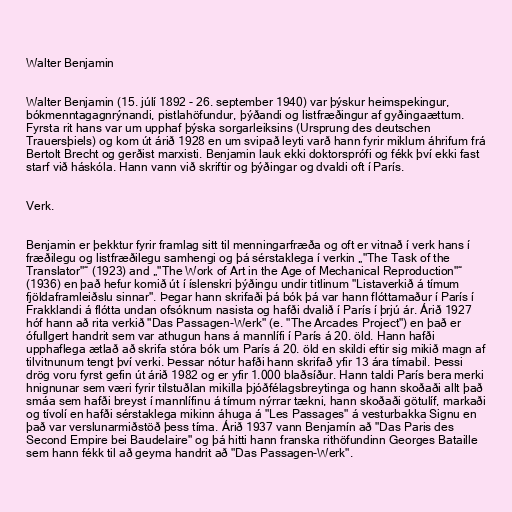
Walter Benjamin

Walter Benjamin (15. júlí 1892 - 26. september 1940) var þýskur heimspekingur,
bókmenntagagnrýnandi, pistlahöfundur, þýðandi og listfræðingur af gyðingaættum.
Fyrsta rit hans var um upphaf þýska sorgarleiksins (Ursprung des deutschen
Trauersþiels) og kom út árið 1928 en um svipað leyti varð hann fyrir miklum áhrifum frá
Bertolt Brecht og gerðist marxisti. Benjamin lauk ekki doktorsprófi og fékk því ekki fast
starf við háskóla. Hann vann við skriftir og þýðingar og dvaldi oft í París.

Verk.

Benjamin er þekktur fyrir framlag sitt til menningarfræða og oft er vitnað í verk hans í
fræðilegu og listfræðilegu samhengi og þá sérstaklega í verkin „"The Task of the
Translator"“ (1923) and „"The Work of Art in the Age of Mechanical Reproduction"“
(1936) en það hefur komið út í íslenskri þýðingu undir titlinum "Listaverkið á tímum
fjöldaframleiðslu sinnar". Þegar hann skrifaði þá bók þá var hann flóttamaður í París í
Frakklandi á flótta undan ofsóknum nasista og hafði dvalið í París í þrjú ár. Árið 1927
hóf hann að rita verkið "Das Passagen-Werk" (e. "The Arcades Project") en það er
ófullgert handrit sem var athugun hans á mannlífi í París á 20. öld. Hann hafði
upphaflega ætlað að skrifa stóra bók um París á 20. öld en skildi eftir sig mikið magn af
tilvitnunum tengt því verki. Þessar nótur hafði hann skrifað yfir 13 ára tímabil. Þessi
drög voru fyrst gefin út árið 1982 og er yfir 1.000 blaðsíður. Hann taldi París bera merki
hnignunar sem væri fyrir tilstuðlan mikilla þjóðfélagsbreytinga og hann skoðaði allt það
smáa sem hafði breyst í mannlífinu á tímum nýrrar tækni, hann skoðaði götulíf, markaði
og tívolí en hafði sérstaklega mikinn áhuga á "Les Passages" á vesturbakka Signu en
það var verslunarmiðstöð þess tíma. Árið 1937 vann Benjamín að "Das Paris des
Second Empire bei Baudelaire" og þá hitti hann franska rithöfundinn Georges Bataille
sem hann fékk til að geyma handrit að "Das Passagen-Werk".